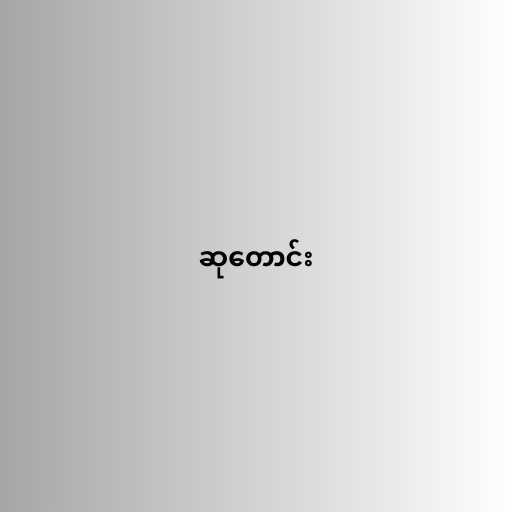
ဆုတောင်း